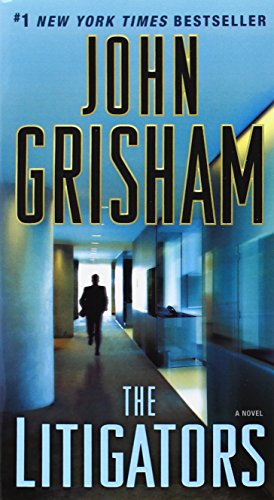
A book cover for The Litigators: A Novel; John Grisham; Mystery, Thriller & Suspense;